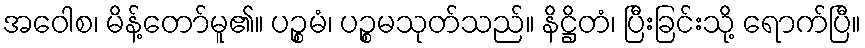
အဝေါစ၊ မိန့်တော်မူ၏။ ပဉ္စမံ၊ ပဉ္စမသုတ်သည်။ နိဋ္ဌိတံ၊ ပြီးခြင်းသို့ ရောက်ပြီ။